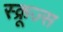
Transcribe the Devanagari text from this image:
स्क्रूज्स